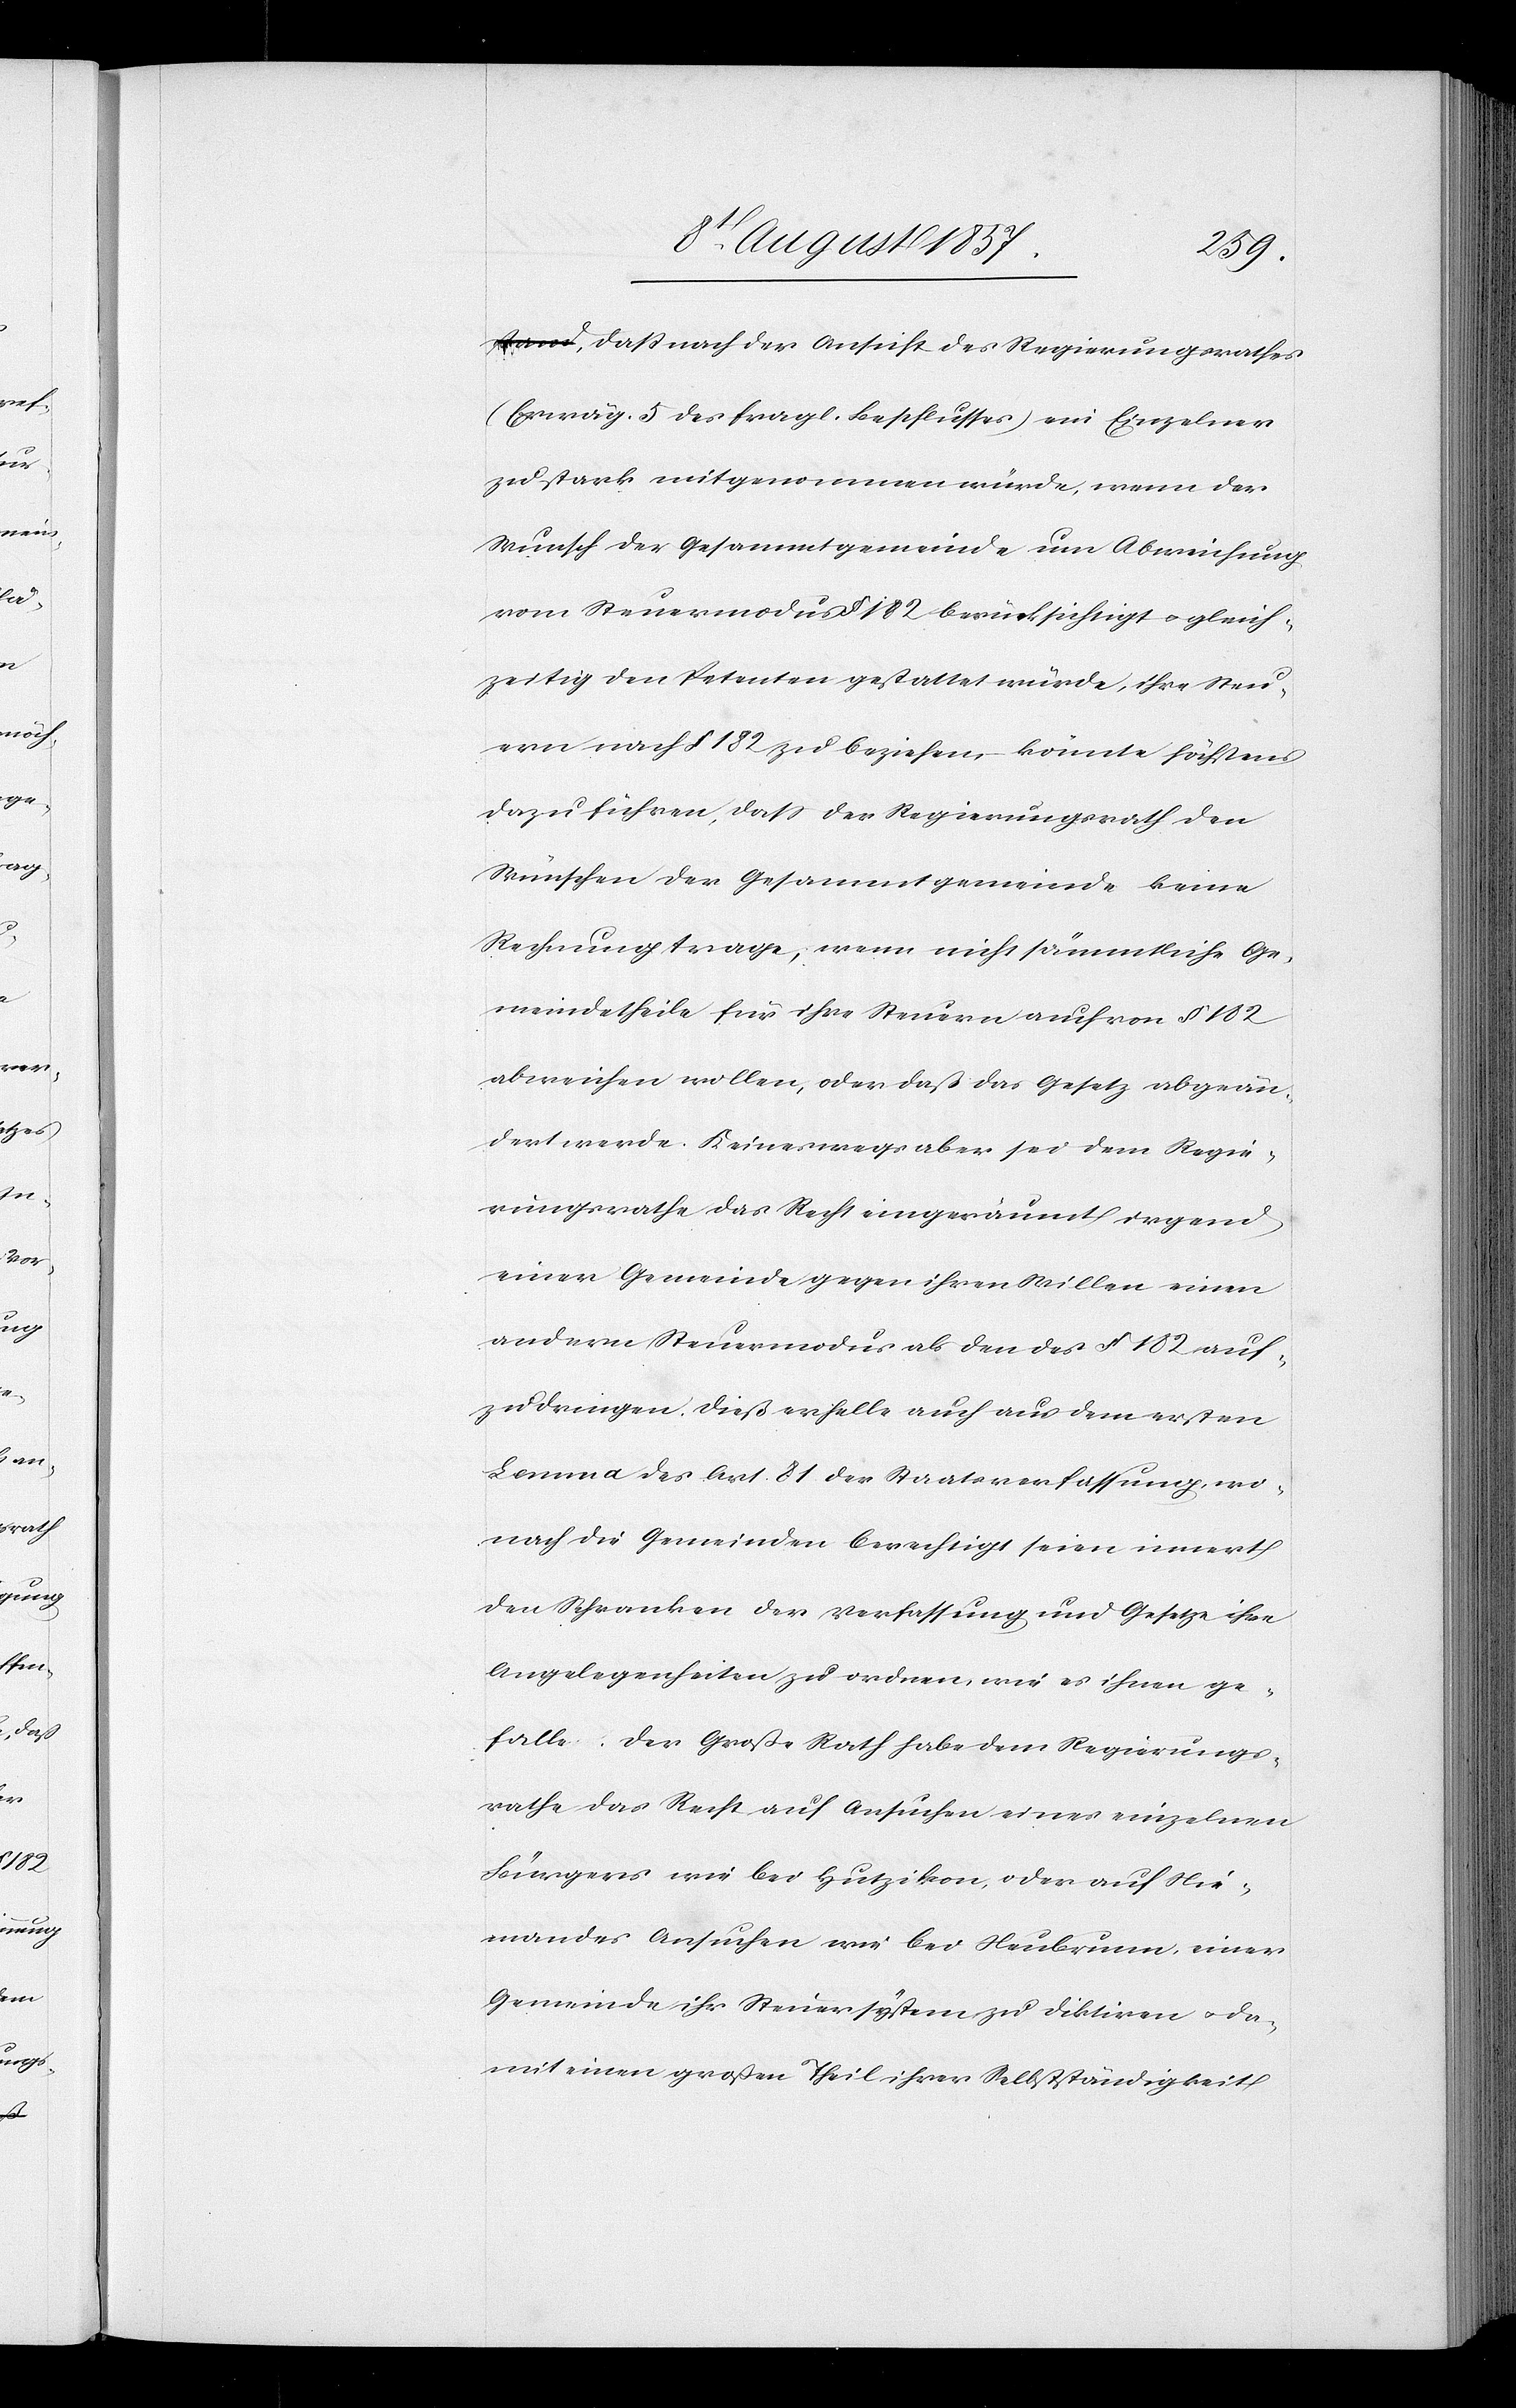
irgend¬
daß nach der Ansicht des Regierungsrathes
(Erwäg. 5 des fragl. Beschlusses) ein Einzelner
zu stark mitgenommen würde, wenn der
Wunsch der Gesammtgemeinde um Abweisung
vom Steuermodus § 182 berücksichtigt & gleich¬
zeitig den Petenten gestattet würde, ihre Steu¬
ern nach § 182 zu beziehen, könnte höchstens
dazu führen, daß der Regierungsrath den
Wünschen der Gesammtgemeinde keine
Rechnung trage, wenn nicht sämmtliche Ge¬
meindetheile für ihre Steuern auch von § 182
abweichen wollen, oder daß das Gesetz abgeän¬
dert werde. Keineswegs aber sei dem Regie¬
einer Gemeinde gegen ihren Willen einen
andern Steuermodus als den des § 182 auf¬
zudringen. Dieß erhelle auch aus dem ersten
Lemma des Art. 81 der Staatsverfassung, wo¬
nach die Gemeinden berechtigt seien innert
den Schranken der Verfassung und Gesetze ihre
Angelegenheiten zu ordnen, wie es ihnen ge¬
falle. Der Große Rath habe dem Regierungs¬
rathe das Recht auf Ansuchen eines einzelnen
Bürgers wie bei Hutzikon, oder auf Nie¬
mandes Ansuchen wie bei Neubrunn, einer
Gemeinde ihr Steuersystem zu diktiren & da¬
mit einen großen Theil ihrer Selbständigkeit